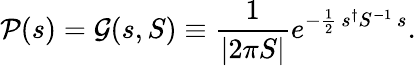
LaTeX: {\mathcal{P}}(s)={\mathcal{G}}(s,S)\equiv{\frac{1}{|2\pi S|}}e^{-{\frac{1}{2}}\, s^{\dagger}S^{-1}\, s}.